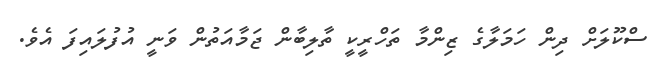
ސްކޫލަށް ދިން ހަމަލާގެ ޒިންމާ ތަހްރީކީ ތާލިބާން ޖަމާއަތުން ވަނީ އުފުލައިފަ އެވެ.